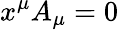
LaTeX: x^{\mu}A_{\mu}=0